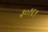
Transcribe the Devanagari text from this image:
३०१६९